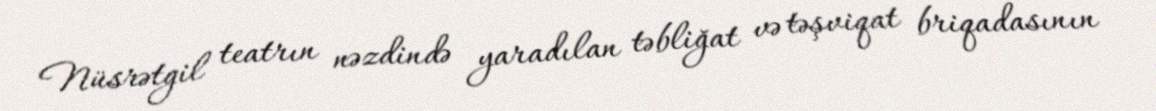
Nüsrətgil teatrın nəzdində yaradılan təbliğat və təşviqat briqadasının